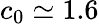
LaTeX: c_{0}\simeq 1.6